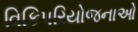
વિકિપરિયોજનાઓ